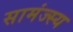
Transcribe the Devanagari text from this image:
सामंज्स्य